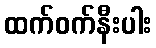
ထက်ဝက်နီးပါး